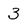
Character: 3